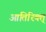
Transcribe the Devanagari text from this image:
आतिरिक्त्